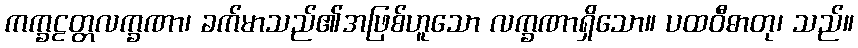
ကက္ခဠတ္တလက္ခဏာ၊ ခက်မာသည်၏အဖြစ်ဟူသော လက္ခဏာရှိသော။ ပထဝီဓာတု၊ သည်။